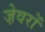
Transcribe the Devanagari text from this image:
जे़वरों